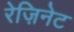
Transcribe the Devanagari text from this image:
रेज़िनेट